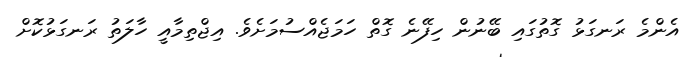
އެންމެ ރަނގަޅު ގޮތުގައި ބޭނުން ހިފޭނެ ގޮތް ހަމަޖެއްސުމަށެވެ. އިޖްތިމާއީ ހާލަތު ރަނގަޅުކޮށް